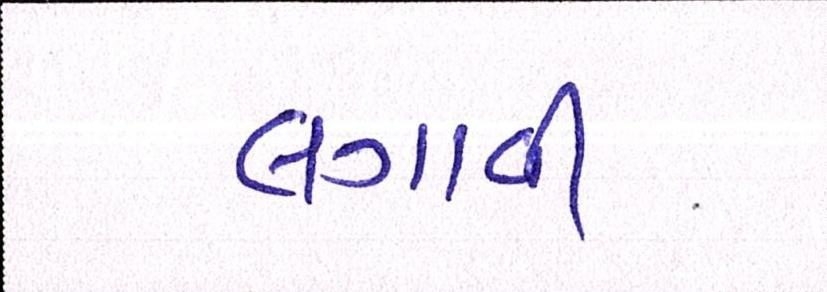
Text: લગાવી